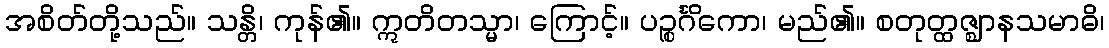
အစိတ်တို့သည်။ သန္တိ၊ ကုန်၏။ ဣတိတသ္မာ၊ ကြောင့်။ ပဉ္စင်္ဂိကော၊ မည်၏။ စတုတ္ထဇ္ဈာနသမာဓိ၊